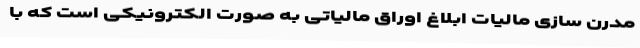
مدرن سازی مالیات ابلاغ اوراق مالیاتی به صورت الکترونیکی است که با